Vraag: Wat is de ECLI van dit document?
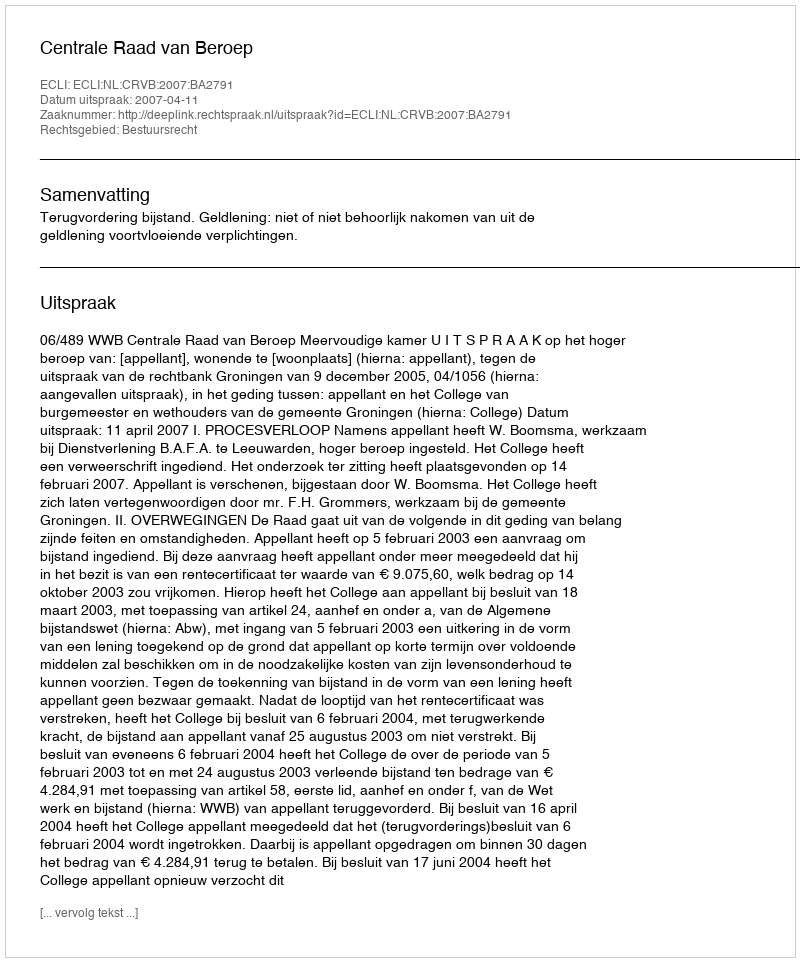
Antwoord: ECLI:NL:CRVB:2007:BA2791